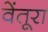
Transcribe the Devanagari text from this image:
वेंतूरा